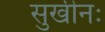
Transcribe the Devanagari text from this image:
सुखीनः